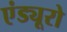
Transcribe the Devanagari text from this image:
एंड्यूरो